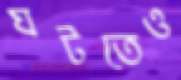
ঘটতেও